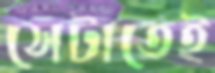
সেটাতেই